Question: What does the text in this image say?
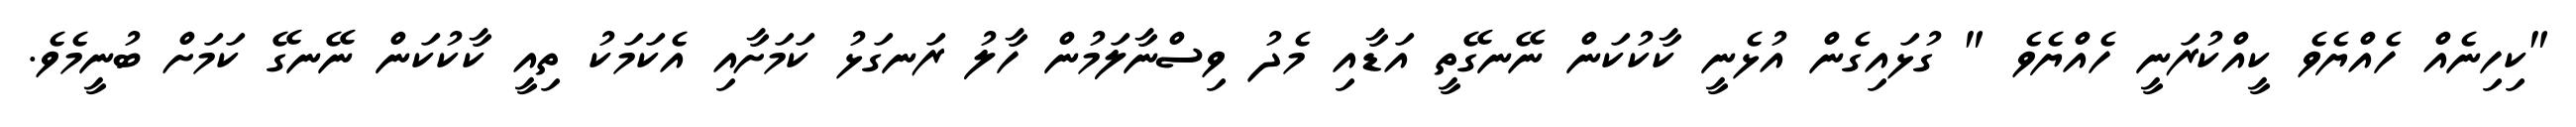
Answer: "ކިހިނެއް ހެއްޔެވެ ކީއްކުރަނީ ހެއްޔެވެ " ގުޅައިގެން އުޅެނީ ކާކުކަން ނޭނގޭތީ އަޑާއި މެދު ވިސްނާލަމުން ހާލު ރަނގަޅު ކަމަށާއި އެކަމަކު ތިއީ ކާކުކަން ނޭނގޭ ކަމަށް ބުނީމެވެ.